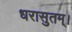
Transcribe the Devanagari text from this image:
धरासुतम्।